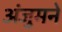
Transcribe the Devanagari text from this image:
अंजुमने